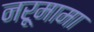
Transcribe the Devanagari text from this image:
नरूमामा